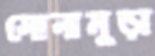
সোনামুড়া